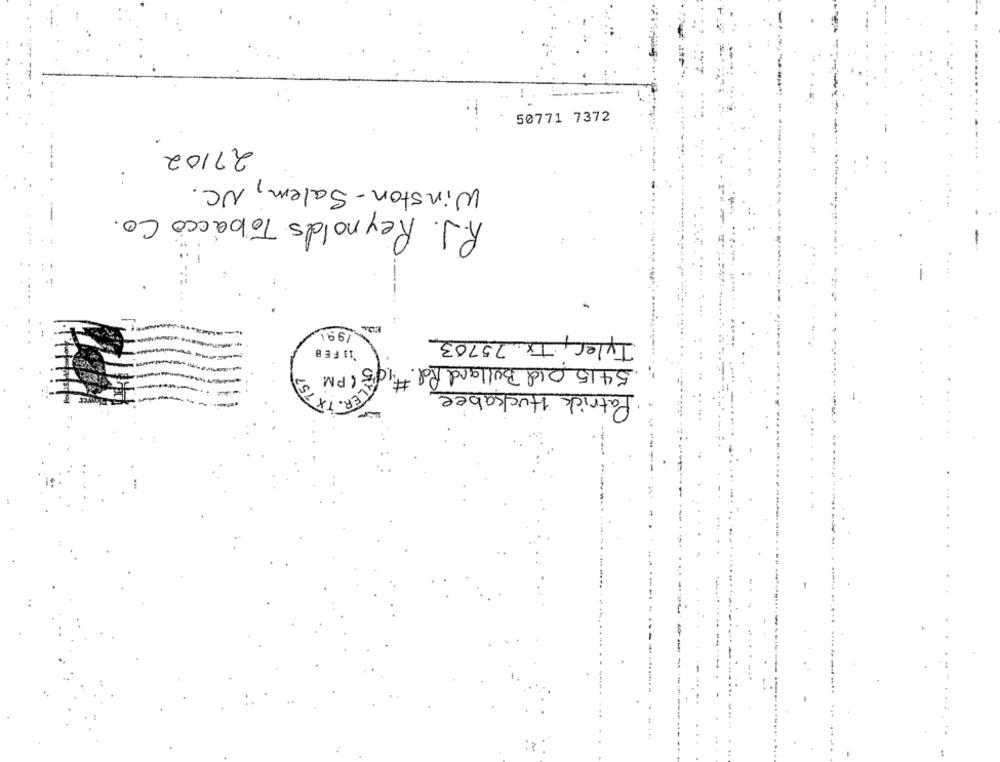
50771 7372
27102
:
Winston - Salem, NC.
R.J. Reynolds Tobacco Co
------
991
Tyler, Tx 75703
`11 FEB
5415 Old Bullard Rd. #16
1.05 ( PM
Patrick Huckabee
LER.